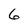
Character: 6